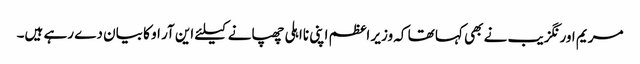
مریم اورنگزیب نے بھی کہا تھا کہ وزیر اعظم اپنی نااہلی چھپانے کیلئے این آر او کا بیان دے رہے ہیں۔